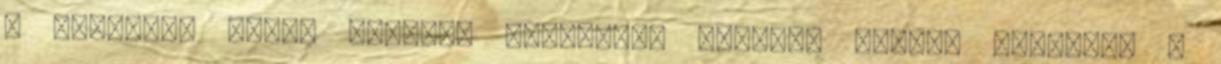
a külvilág felől érkezők általában koponya nélkül távoznak a